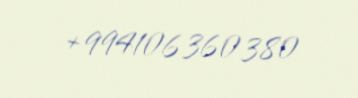
+994106360380